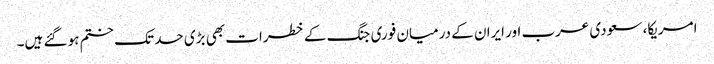
امریکا، سعودی عرب اور ایران کے درمیان فوری جنگ کے خطرات بھی بڑی حد تک ختم ہو گئے ہیں۔